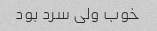
خوب ولی سرد بود